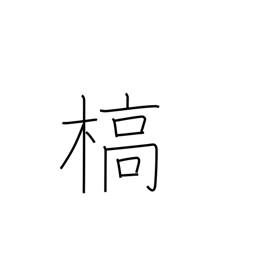
Meaning: die (vegetation)